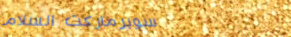
سوبرماركت السلام